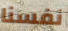
نفسنا